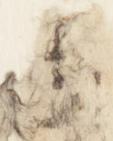
蔭